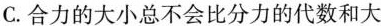
C.合力的大小总不会比分力的代数和大